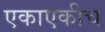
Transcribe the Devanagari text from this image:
एकाएकीच